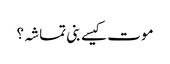
موت کیسے بنی تماشہ؟